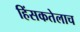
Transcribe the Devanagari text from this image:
हिंसकतेलाच